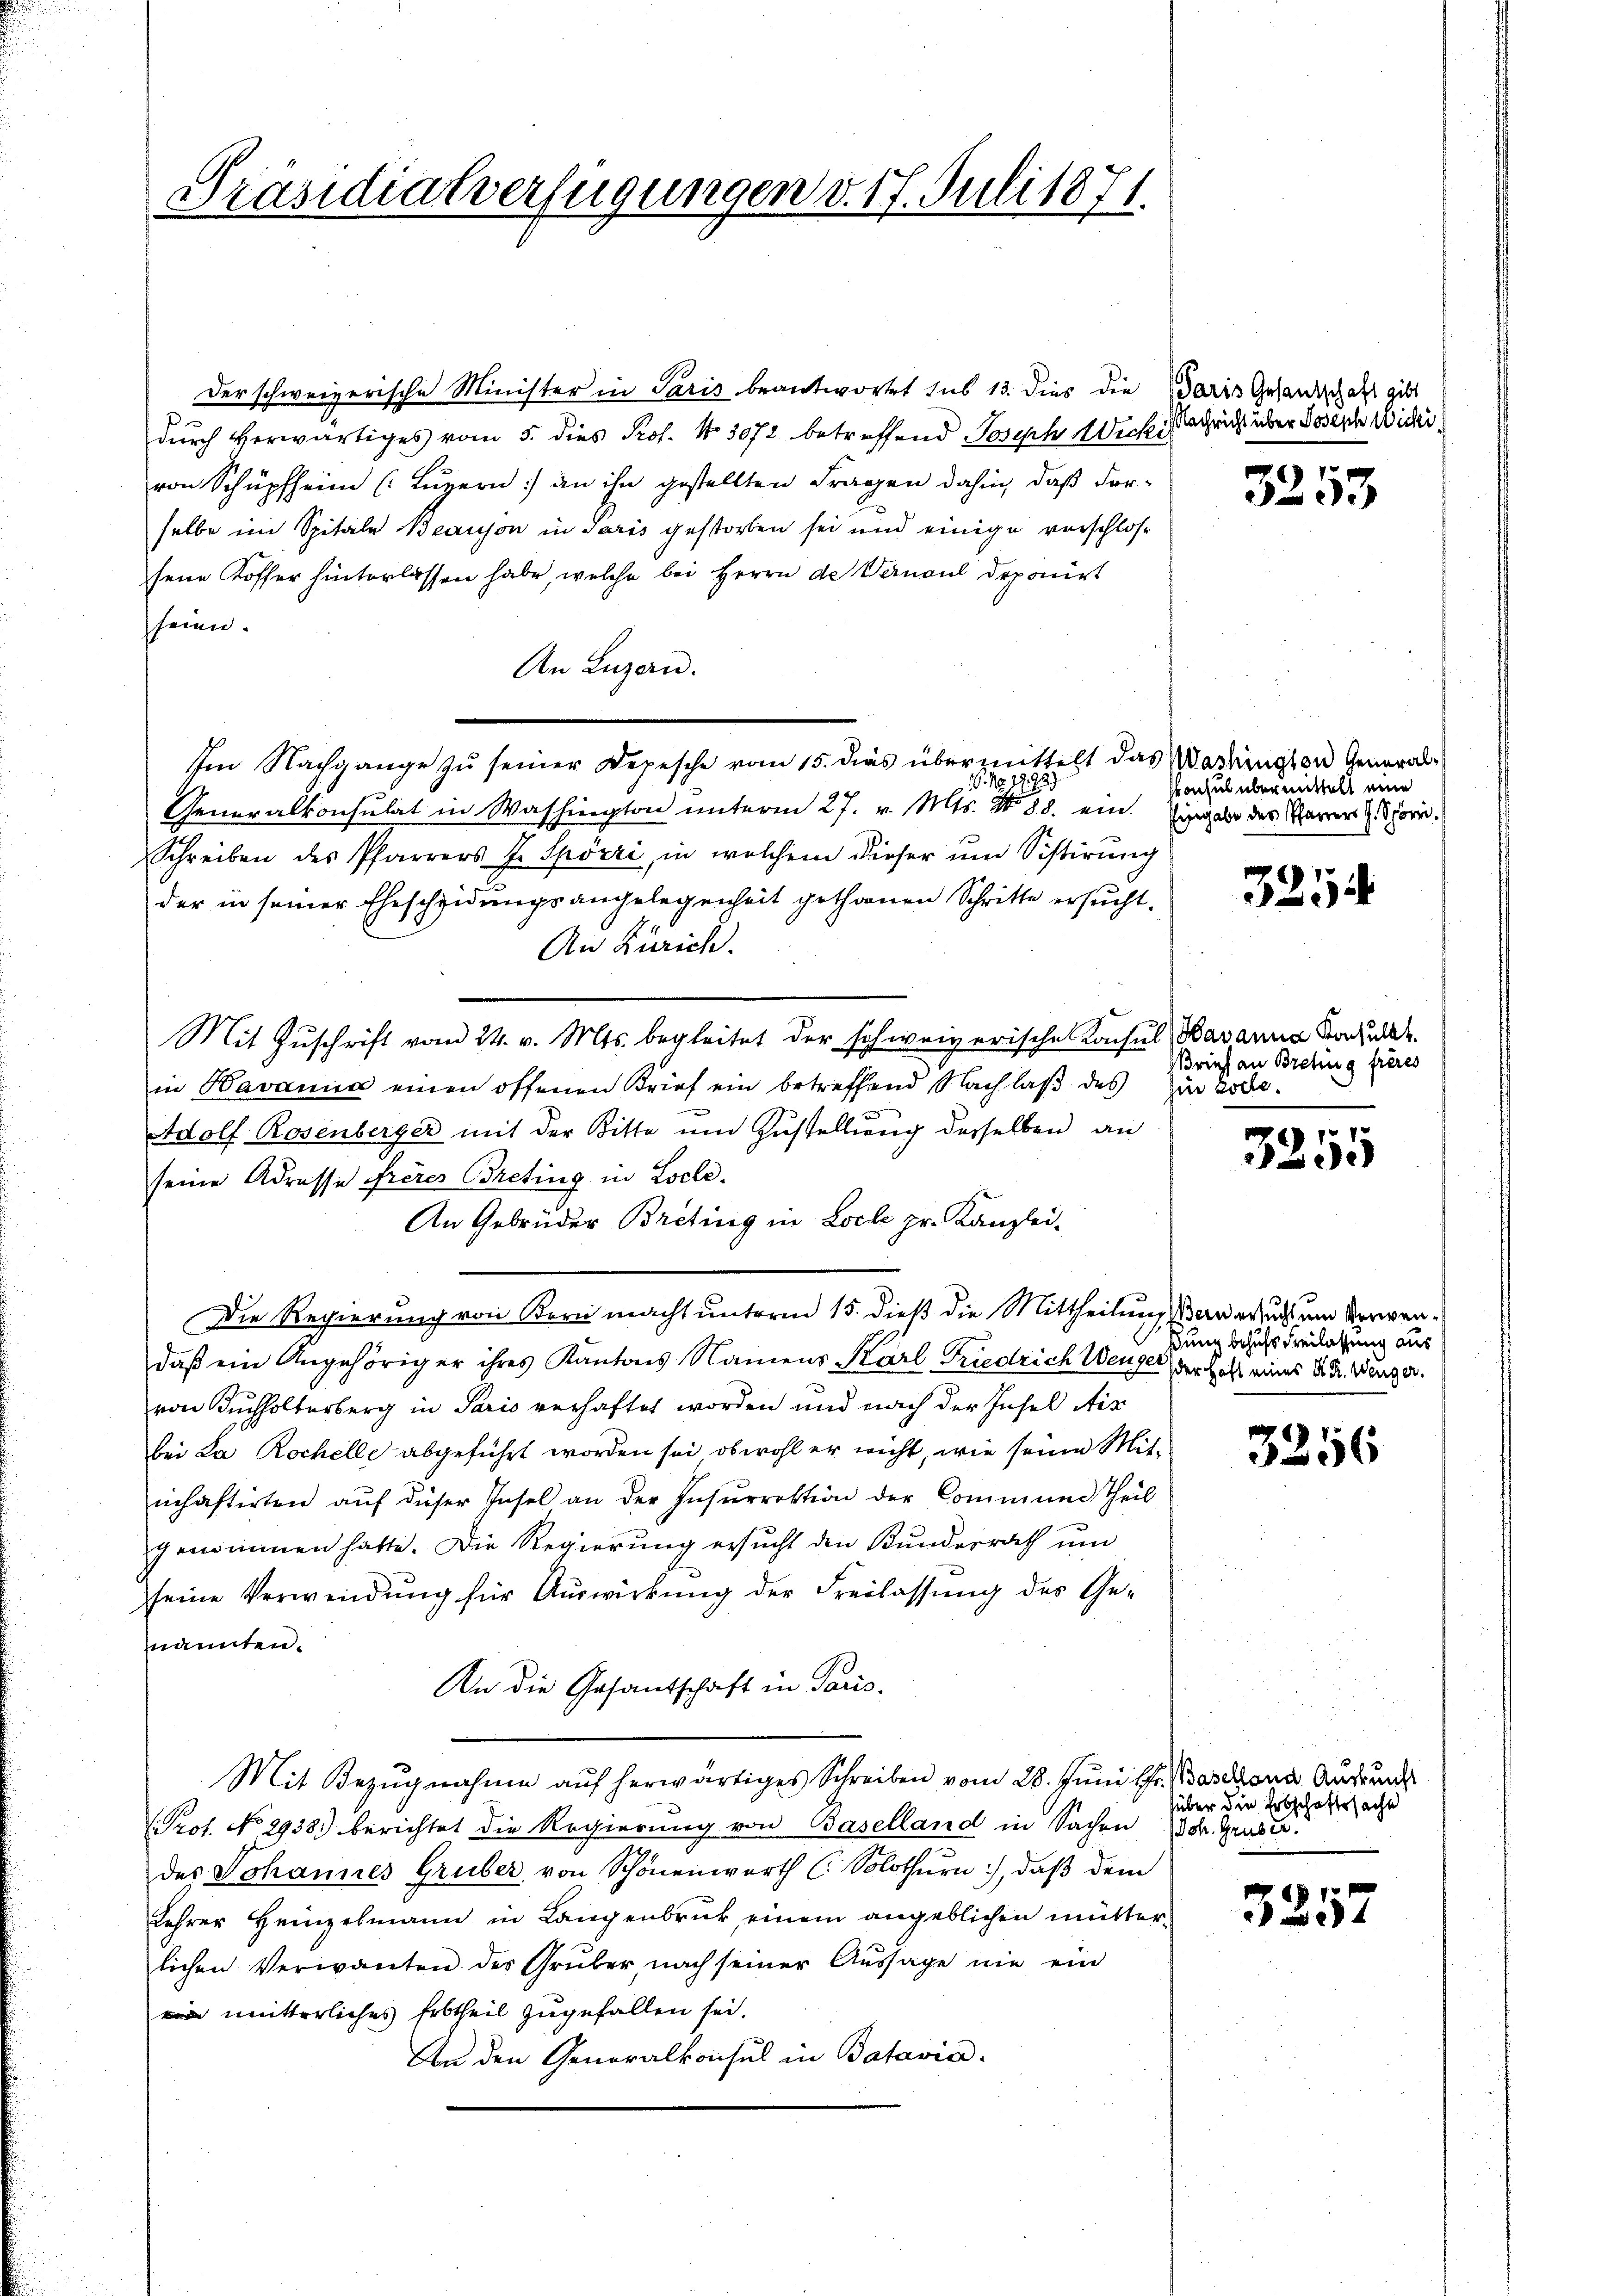
Präsidialverfügungen v. 17. Juli 1871.

der schweizerische Minister in Paris beantwortet sub 13. dies die
durch Verwärtiges vom 5. dies Prof. No 3072 betreffend Joseph Wicki
von Schüpfheim (Luzern) an ihn gestellten Fragen dahin, daß For-
selbe im Spitale Beauson in Paris gestorben sei und einige vorschlos
sene Koffer hinterlassen habe, welche bei Herrn de Vernaul deponirt
seien.
An Luzern.
Im Nachgange zu seiner Depesche vom 15. dies übermittelt das Washington General¬
N. N. 27. 729
Generalkonsulat in Washington unterm 27. v. Mts. No 88. ein
Schreiben des Pfarrers J. Spörri, in welchem dieser ŭm Sistirung
der in seiner Ehescheidungsangelegenheit gethanen Schritte ersucht.
An Zürich.
Mit Zŭschrift vom 24. v. Mts. begleitet der schweizerische Konsul Havanna Baut
in Havanna einen offenen Brief ein betreffend Nachlaß des
Adolf Rosenberger mit der Bitte und Zustellung desselben an
seine Adresse frères Breting in Locle.
An Gebrüder Breting in Loch pr. Kanzlei-
Die Regierung von Korn macht unterm 15. dieß die Mittheilung an ersuch zum Verwendaß ein Angehöriger ihres Kantons Namens Karl Friedrich Wenger, der Heft eines K. Fr. Wenger.
von Buchholterberg in Paris verhaftet worden und nach der Insel Air
bei La Rochelle abgeführt worden sei, obwohl er nicht, wie seine Mitinhaftirten aŭf dieser Insel an der Insŭrrektion der Commung theil
genimmen hatte. Die Regierung ersucht den Kundesrath um
seine Verwendung für Auswirkung der Freilassung des Genannten.
An die Gesantschaft in Paris.
Mit Bezŭgnahme aŭf herwärtiges Schreiben vom 28. Jŭni Hr. Bascona Ausrund
Prof. No 2938.) berichtet die Regierung von Baselland in Sachen
des Johannes Gruber von Schönenwerth ( Solothurn, daβ dem
Lehrer Heinzelmann in Langenbruck einem angeblichen mütterlichen Verwanten des Grŭber nach seiner Aŭssage nie ein
n mitterliches Erbtheil zugefallen sei.
An den Generalkonsul in Batavia.

Paris Gesandschaft gibt
Nachricht über Joseph Wicki

3253

Pochel übermittelt eine
Eingabe des Pfarrers J. Spörri

3254

Brief an Bretung frères
hin Esche.

3251

ßung behufs Freilassung aus

3256

über die Erbschaftssache
Joh. Gaus u.

3257